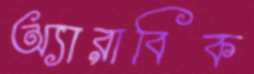
অ্যারাবিক